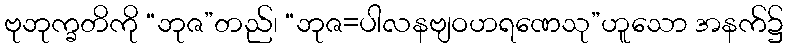
ဗုဘုက္ခတိကို “ဘုဇ”တည်၊ “ဘုဇ=ပါလနဗျဝဟရဏေသု”ဟူသော အနက်၌